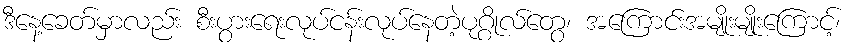
ဒီနေ့ခေတ်မှာလည်း စီးပွားရေးလုပ်ငန်းလုပ်နေတဲ့ပုဂ္ဂိုလ်တွေ၊ အကြောင်းအမျိုးမျိုးကြောင့်၊